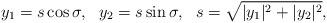
LaTeX: \begin{align*}y_1 = s \cos \sigma, \ \ y_2 = s \sin\sigma, \ \ s= \sqrt{|y_1|^2 + |y_2|^2},\end{align*}